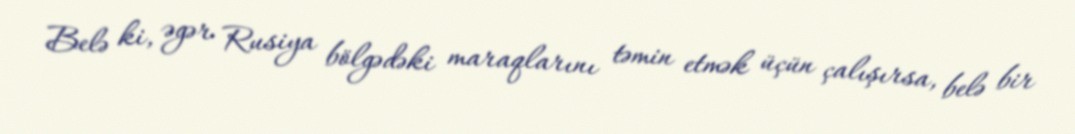
Belə ki, əgər Rusiya bölgədəki maraqlarını təmin etmək üçün çalışırsa, belə bir